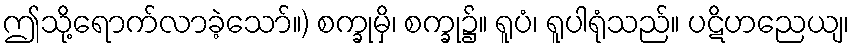
ဤသို့ရောက်လာခဲ့သော်။) စက္ခုမှိ၊ စက္ခု၌။ ရူပံ၊ ရူပါရုံသည်။ ပဋိဟညေယျ၊